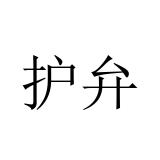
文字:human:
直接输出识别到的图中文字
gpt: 护弁